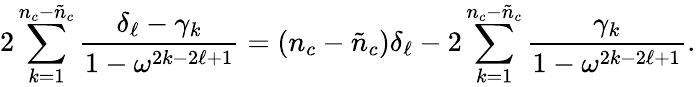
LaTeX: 2\sum_{k=1}^{n_{c}-\tilde{n}_{c}}\frac{\delta_{\ell}-\gamma_{k}}{1-\omega^{2k-2\ell+1}}=(n_{c}-\tilde{n}_{c})\delta_{\ell}-2\sum_{k=1}^{n_{c}-\tilde{n}_{c}}\frac{\gamma_{k}}{1-\omega^{2k-2\ell+1}}.